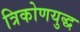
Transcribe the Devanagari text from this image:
त्रिकोणयुद्ध